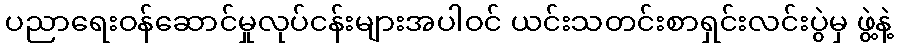
ပညာရေးဝန်ဆောင်မှုလုပ်ငန်းများအပါဝင် ယင်းသတင်းစာရှင်းလင်းပွဲမှ ဖွဲ့နဲ့